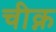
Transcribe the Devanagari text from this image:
चीक्न